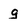
Character: g